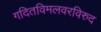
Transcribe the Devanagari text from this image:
गदितविमलवरविरुद